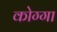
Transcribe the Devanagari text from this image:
कोग्गा